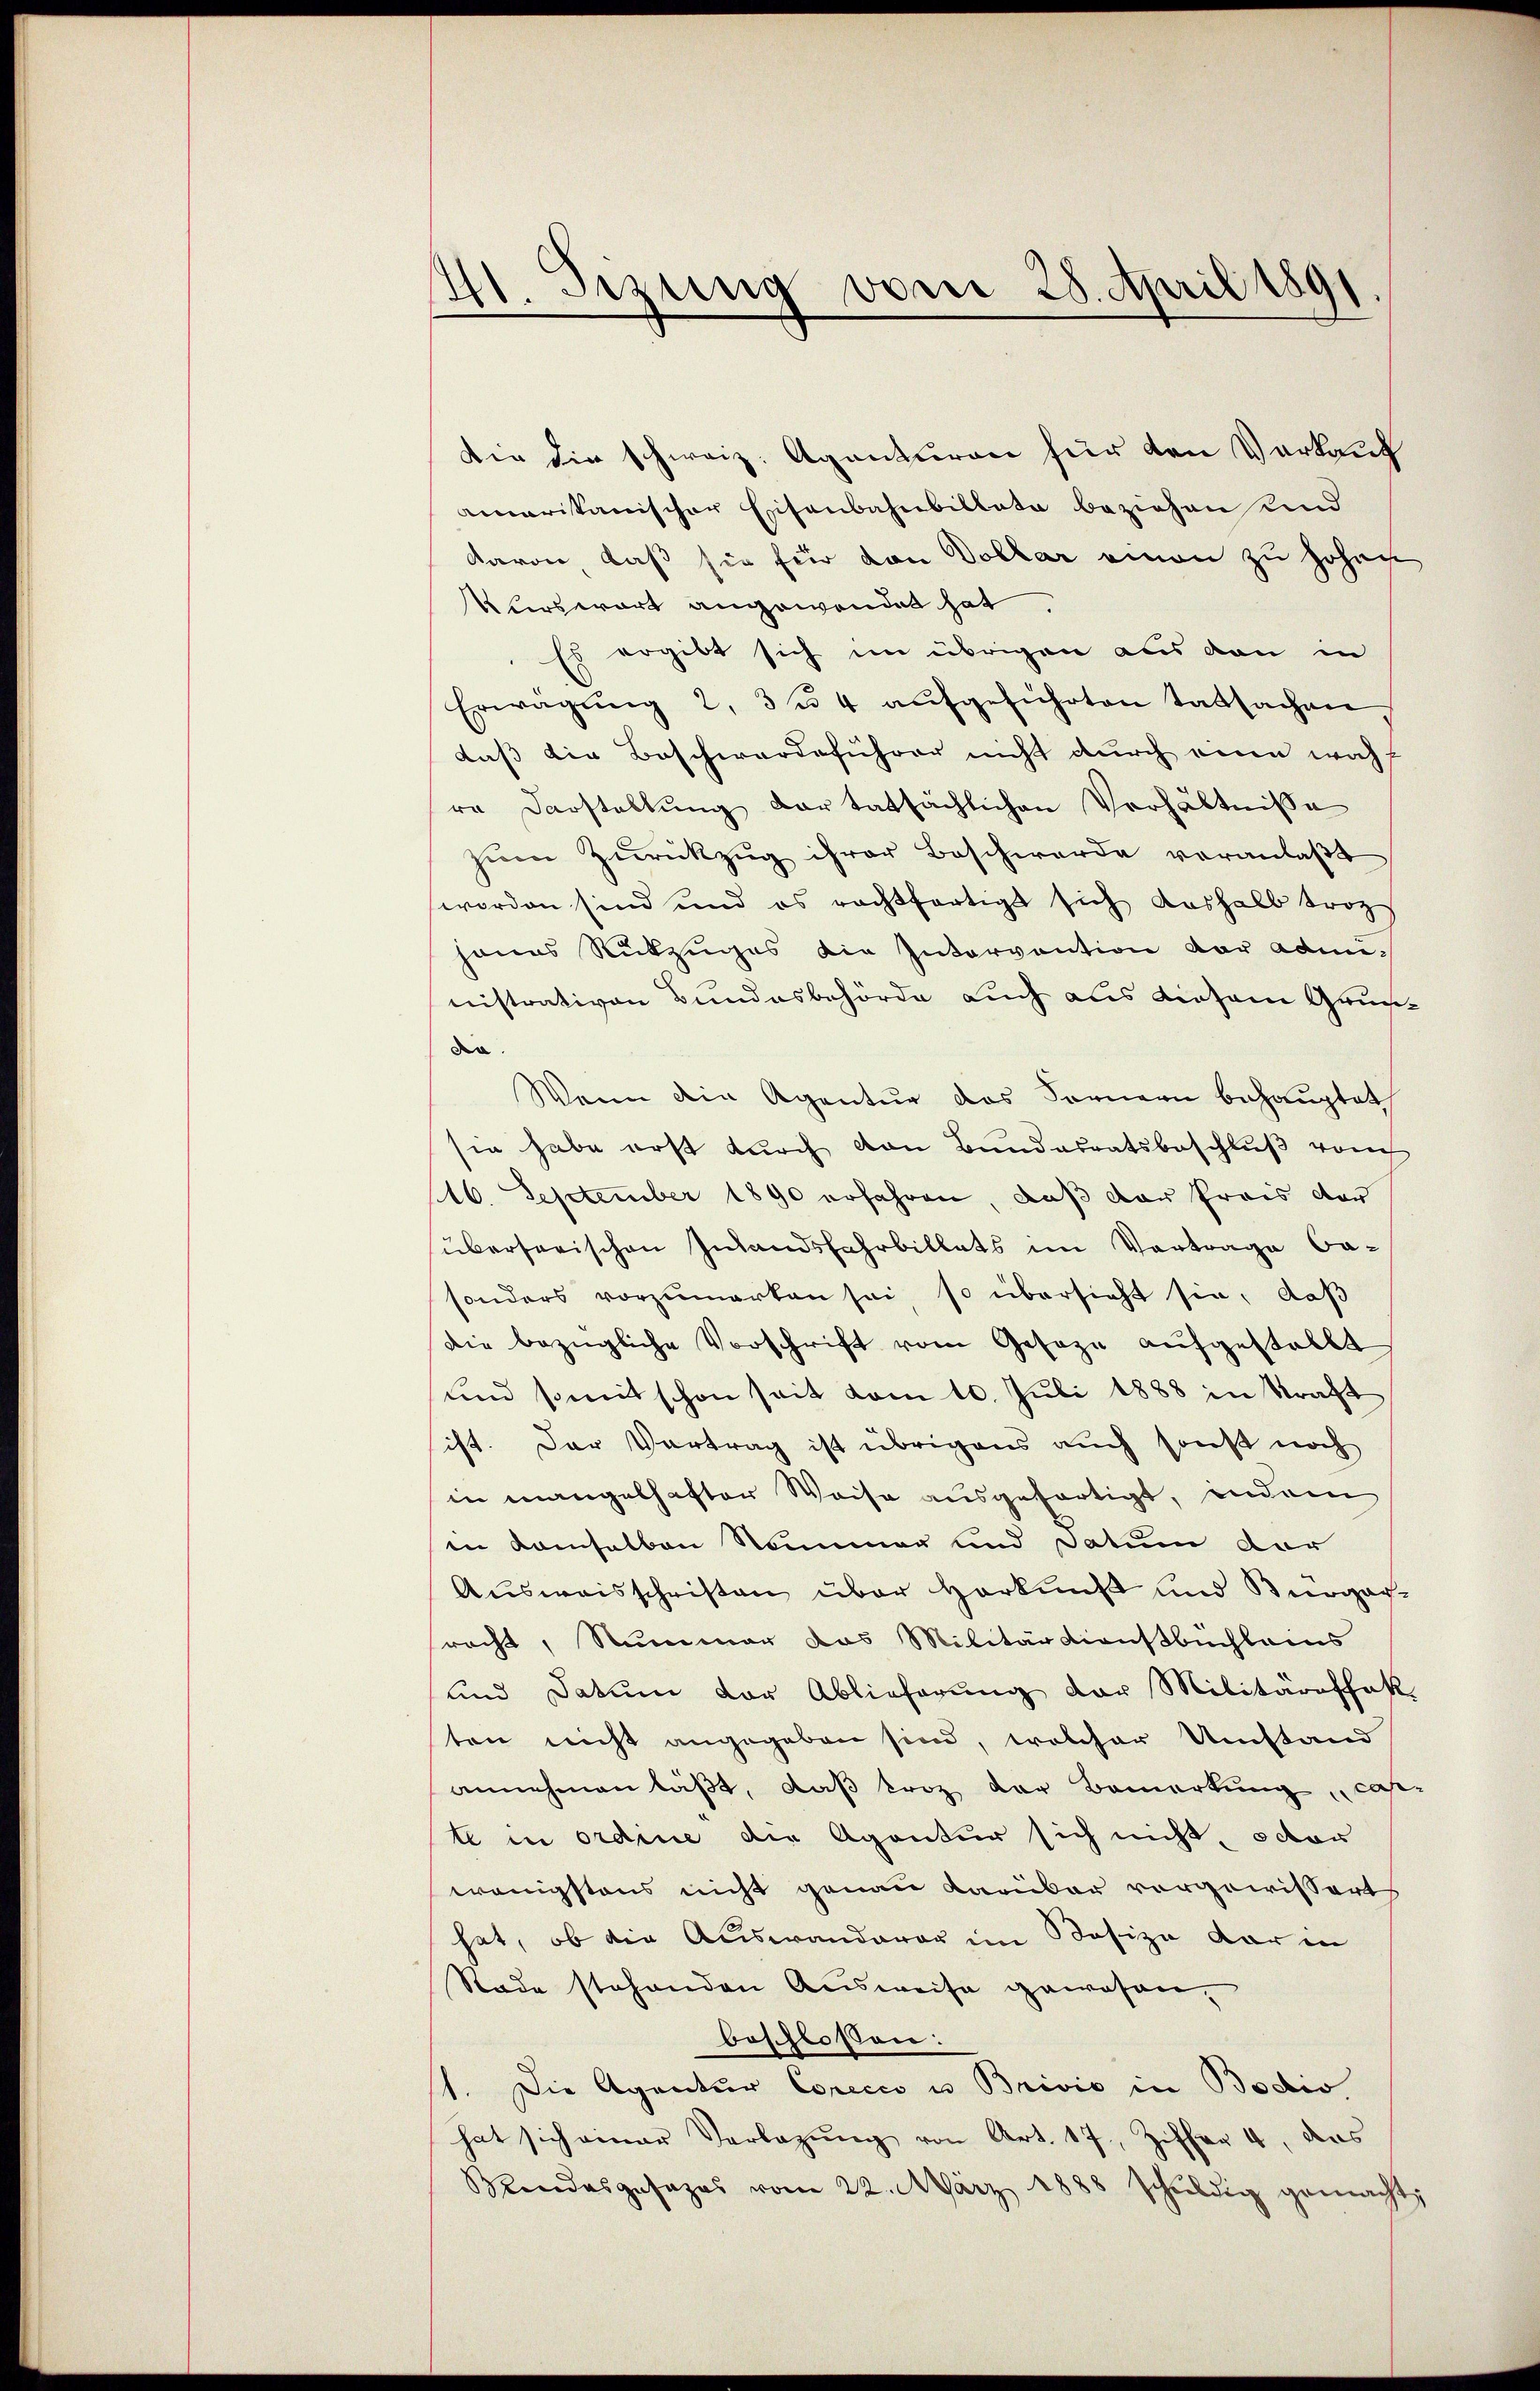
41. Sezung vom 28. April 1891

Die die schweiz. Aganturen für den Verkauf
amarikanischer Eisenbahnbillate beziehen und
davon, daß sie für den Dollar einen zu hohen
Uferswort angewendet hat.
Es ergibt sich im übrigen aus von in
Erwägŭng 2, 3 u. 4 aŭfgeführten tatsachen,
daß die Beschwerdeführer nicht durch eine wohl
re Darstellung dar tatsächlichen Verhältnisse
zŭm Zŭrückzŭg ihrer Beschwerde veranlaβt
worden sind und es rechtfertigt sich deshalb trag
hanes Rückzuges die Intervention vor admnistrativen Bundesbehörde auch aus diesem Gruna.
Wenn die Agentur das Fernern behauptet
sie habe erst durch von Bundesratsbeschlŭβ vom
116. September 1890 erfahren, daß der Preis der
überserischen Inlandsfahrbillets im Vortrage be-
sonders vorzumerken sei, so übersicht sie, daβ
die bezügliche Vorschrift vom Geseze aufgestellt
und somit schon seit vom 10. Juli 1888 in Straft
ist. Der Vertrag ist übrigens auch sonst noch
in mangelhafter Weise ausgefertigt, indem
in kamselben Nummer und Datum der
Ausweisschristen über Harkeiß und Bürger-
racht, Nummer das Militärdienstbüchleins
und Datum vor Ablieferung der Militäraffak
ten nicht angegeben sind, welcher Umstand
annehmen läßt, daß kroz der Bemerkung, cas
te in ordine die Agentur sich nicht, octor
wenigstens nicht genau Karbar vorgewissert
hat, ob die Auswanderer im Besize dar in
Rade stehenden Ausweise gewesen,
beschlossen:
1. Die Agentur Corecio u Brević in Bodis
hat sich einer Verlegŭng von Art. 17, Ziffer 4, das
Mendesgesages vom 22. März 1888 schŭldig gemacht,